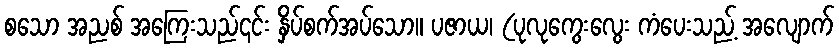
စသော အညစ် အကြေးသည်၎င်း နှိပ်စက်အပ်သော။ ပဇာယ၊ (ပုလုကွေးလွေး ကံပေးသည့် အလျောက်